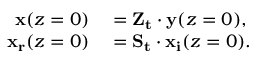
\begin{array} { r l } { \mathbf { x } ( z = 0 ) } & { { } = \mathbf { Z _ { t } } \cdot \mathbf { y } ( z = 0 ) , } \\ { \mathbf { x _ { r } } ( z = 0 ) } & { { } = \mathbf { S _ { t } } \cdot \mathbf { x _ { i } } ( z = 0 ) . } \end{array}